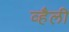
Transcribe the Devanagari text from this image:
व्हैली